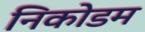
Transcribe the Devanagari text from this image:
निकोडम